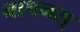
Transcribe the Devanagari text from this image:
नाथनस्